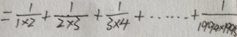
= \frac { 1 } { 1 \times 2 } + \frac { 1 } { 2 \times 3 } + \frac { 1 } { 3 \times 4 } + \cdots + \frac { 1 } { 1 9 9 4 \times 1 9 9 5 }